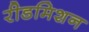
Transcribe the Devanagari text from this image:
रीडमिशन